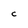
Character: c